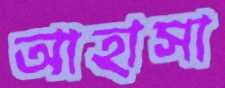
আহাসা